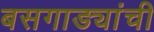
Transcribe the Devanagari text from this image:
बसगाड्यांची